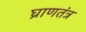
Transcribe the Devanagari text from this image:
घ्राणतंत्र